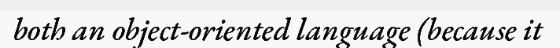
both an object-oriented language (because it